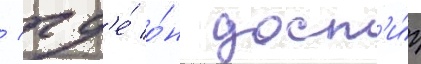
/ гд'е́ о́н дост'и́г